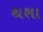
થશા